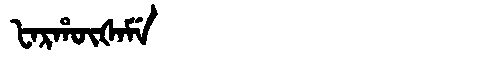
Manchu: ᡶᠠᡵᡥᡡᡧᠠᠮᡝ
Romanization: FARHŪŠAME